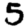
Digit: 5